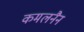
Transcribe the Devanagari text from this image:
कमलनैन